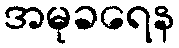
အမုခရေန